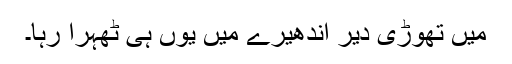
میں تھوڑی دیر اندھیرے میں یوں ہی ٹھہرا رہا۔